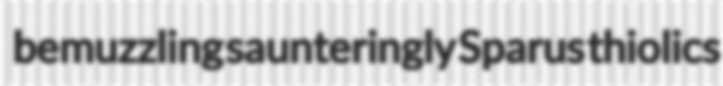
bemuzzling saunteringly Sparus thiolics